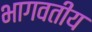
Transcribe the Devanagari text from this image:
भागवतीय